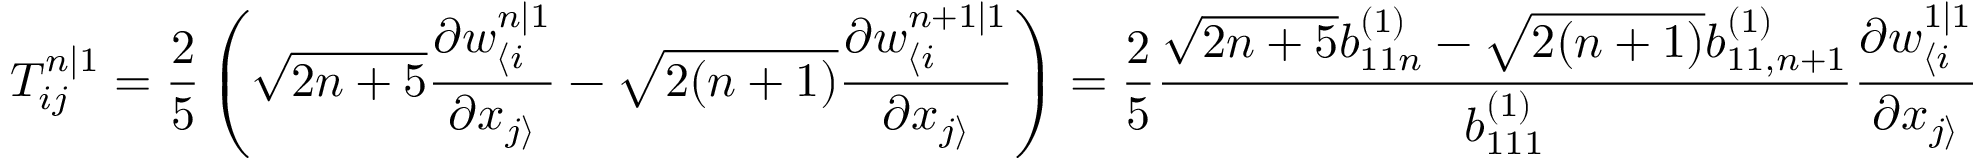
T _ { i j } ^ { n | 1 } = \frac { 2 } { 5 } \left( \sqrt { 2 n + 5 } \frac { \partial w _ { \langle i } ^ { n | 1 } } { \partial x _ { j \rangle } } - \sqrt { 2 ( n + 1 ) } \frac { \partial w _ { \langle i } ^ { n + 1 | 1 } } { \partial x _ { j \rangle } } \right) = \frac { 2 } { 5 } \frac { \sqrt { 2 n + 5 } b _ { 1 1 n } ^ { ( 1 ) } - \sqrt { 2 ( n + 1 ) } b _ { 1 1 , n + 1 } ^ { ( 1 ) } } { b _ { 1 1 1 } ^ { ( 1 ) } } \frac { \partial w _ { \langle i } ^ { 1 | 1 } } { \partial x _ { j \rangle } }